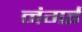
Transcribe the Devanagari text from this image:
नंगई